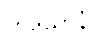
တိဒသာနံ